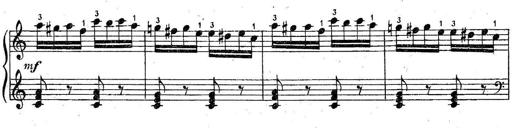
Title: 6 Easy Sonatinas
Composer: Carl Czerny